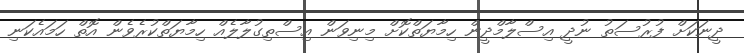
ދީނަކަށް ފުރުސަތު ނުދީ އިސްލާމްދީން ހިމާޔަތްކޮށް މިނިވަން އިސްތިގުލާލެއް ހިމާޔަތްކުރެވެން އޮތް ހަމައެކަނި